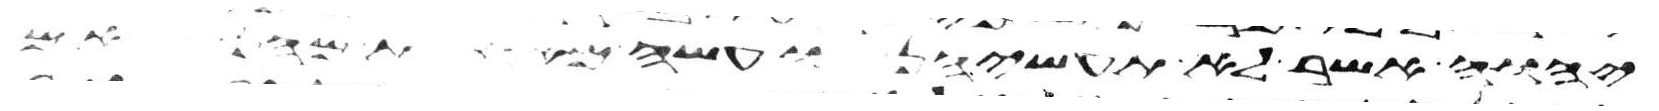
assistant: יהוה אשר לא תעשיהן ועשה מאחת מהן אם